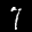
Label: 7